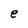
Character: e